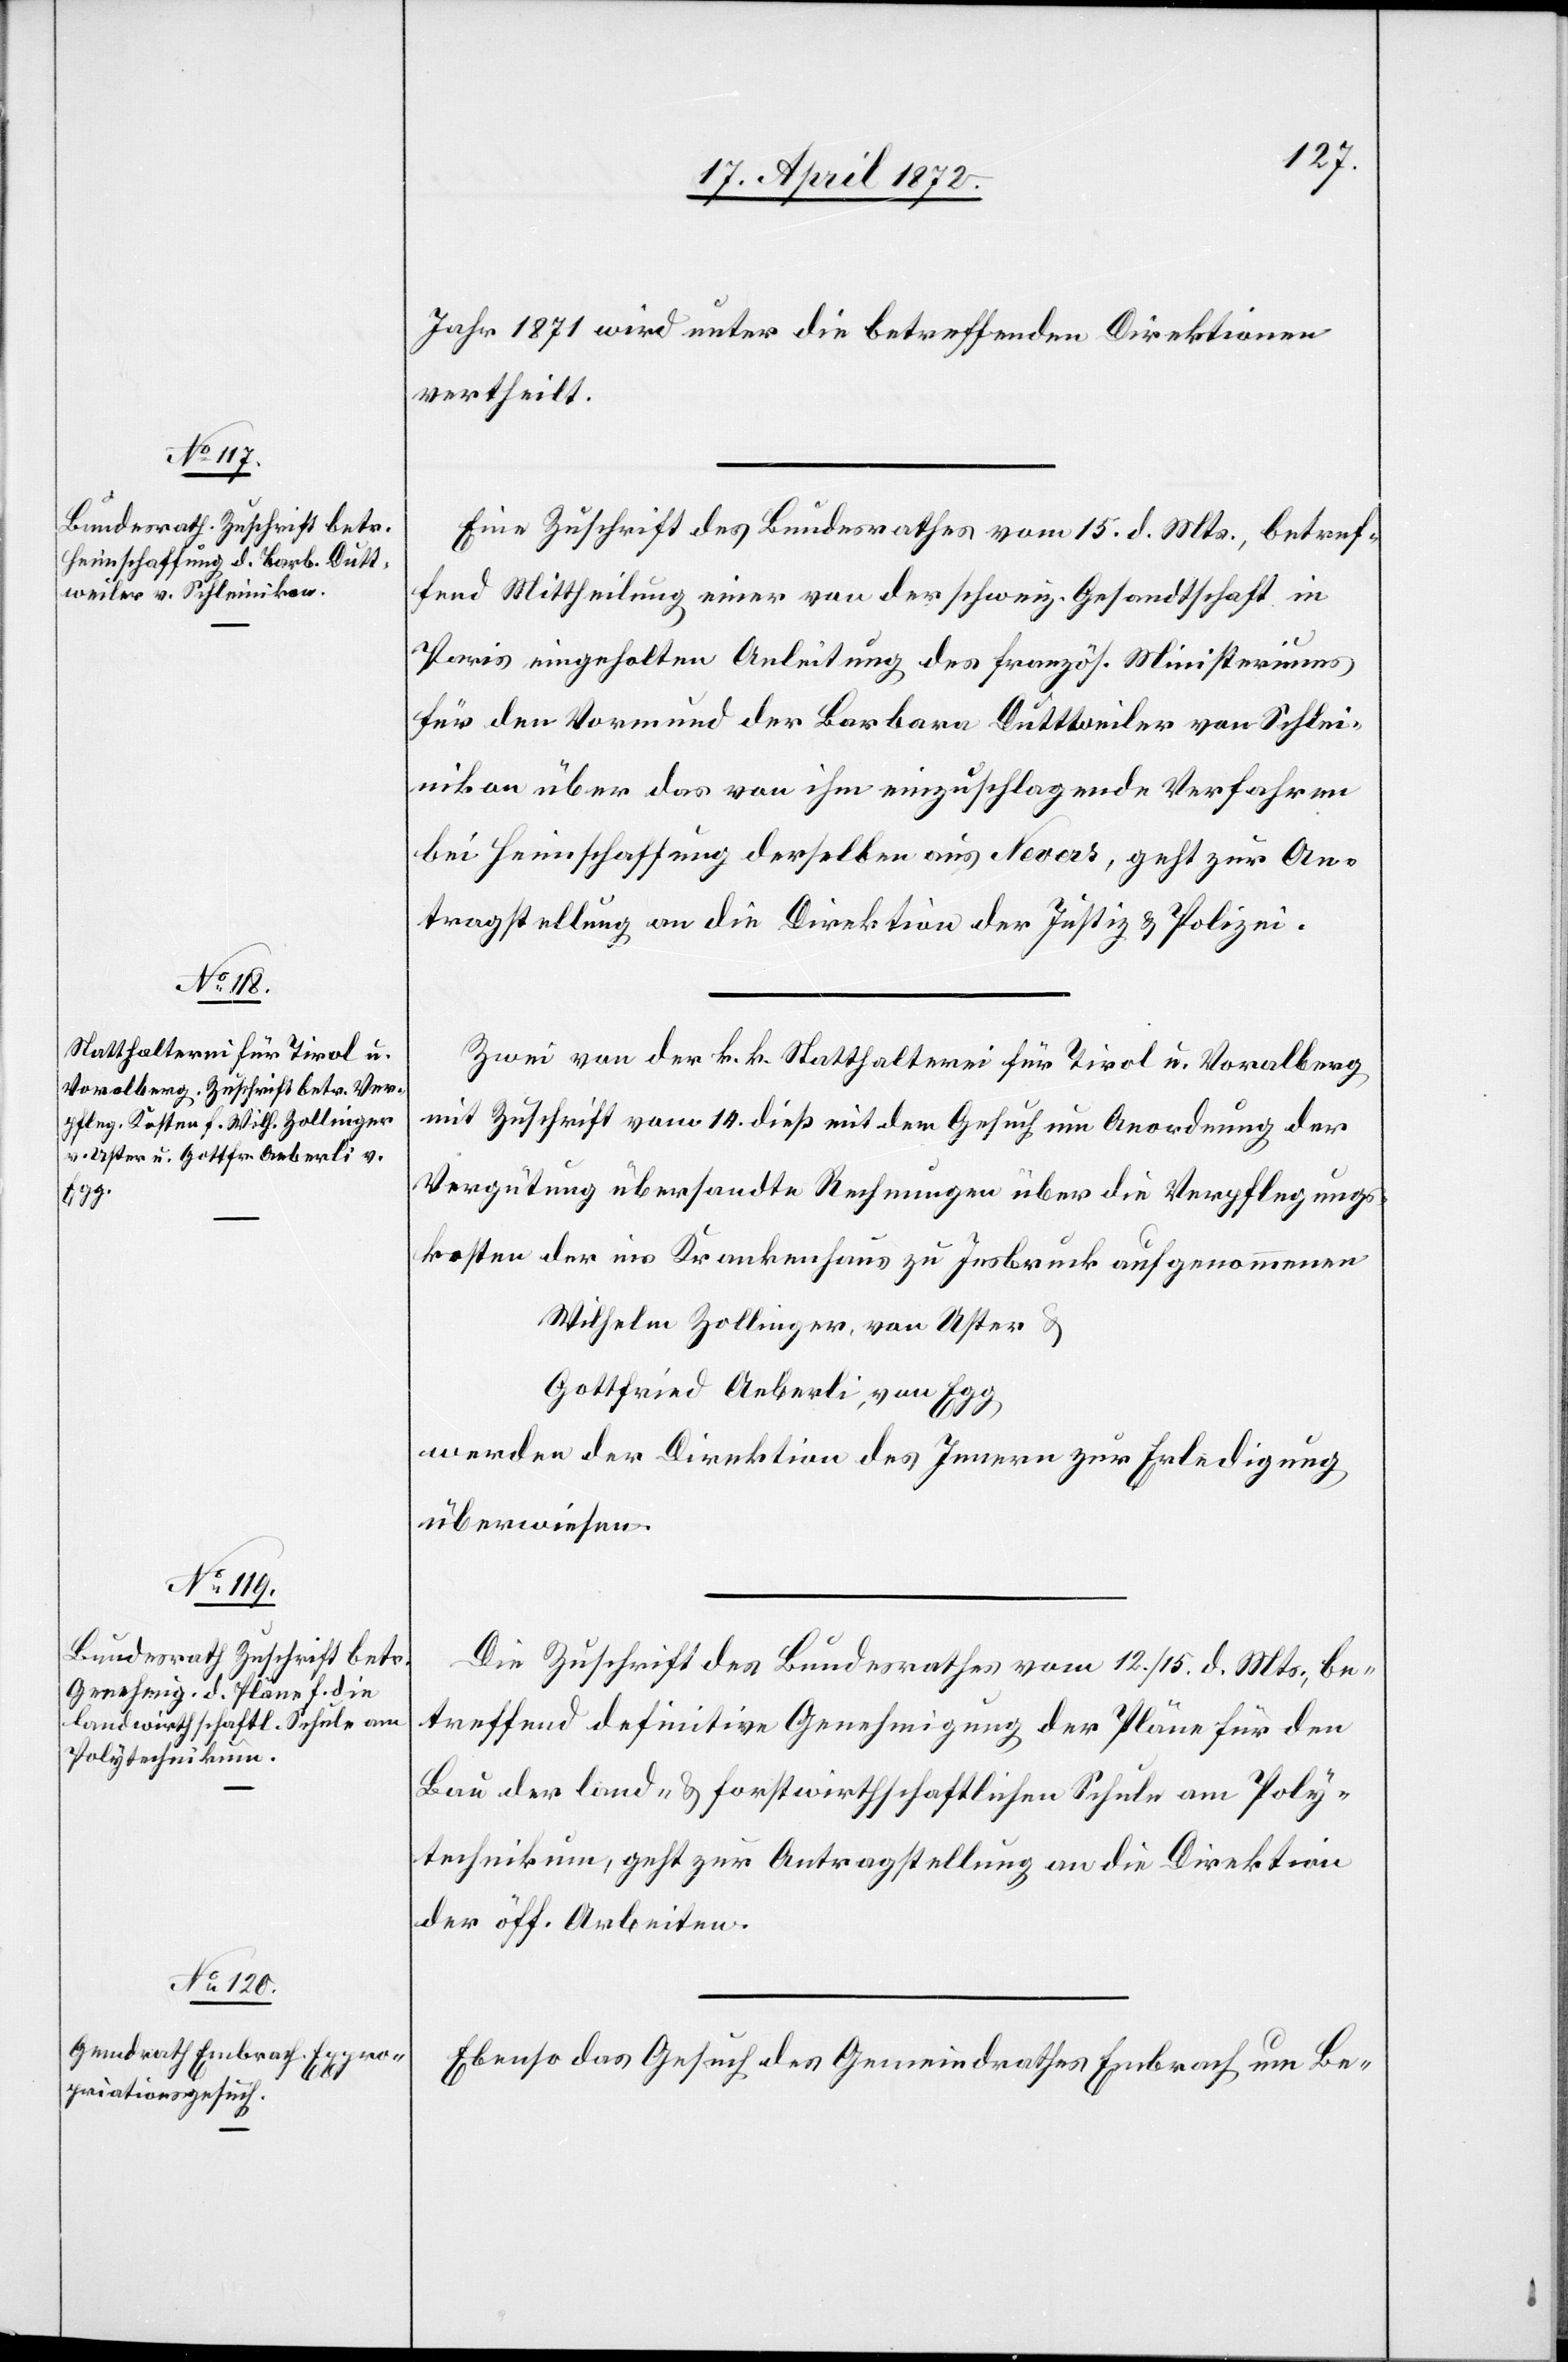
18. April 1872.]
Jahr 1871 wird unter die betreffenden Direktionen
vertheilt.
Eine Zuschrift des Bundesrathes vom 15. d. Mts., betref¬
fend Mittheilung einer von der schweiz. Gesandtschaft in
Paris eingeholten Anleitung des französ. Ministeriums
für den Vormund der Barbara Duttweiler von Schlei¬
nikon über das von ihm einzuschlagende Verfahren
bei Heimschaffung derselben aus Nevers, geht zur An¬
tragstellung an die Direktion der Justiz u. Polizei.
Zwei von der k. k. Statthalterei für Tirol u. Voralberg
mit Zuschrift vom 14. dieß mit dem Gesuch um Anordnung der
Vergütung übersandte Rechnungen über die Verpflegungs¬
kosten der im Krankenhaus zu Insbruck [sic!] aufgenommenen
Wilhelm Zollinger, von Uster u.
Gottfried Aeberli, von Egg
werden der Direktion des Innern zur Erledigung
überwiesen.
Die Zuschrift des Bundesrathes vom 12./15. d. Mts., be¬
treffend definitive Genehmigung der Pläne für den
Bau der land- u. forstwirthschaftlichen Schule am Poly¬
technikum, geht zur Antragstellung an die Direktion
der öff. Arbeiten.
Ebenso das Gesuch des Gemeindrathes Embrach um Be-